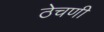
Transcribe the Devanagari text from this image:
ठेचणी